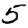
Digit: 5